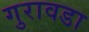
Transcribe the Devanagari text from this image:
गुरावडा